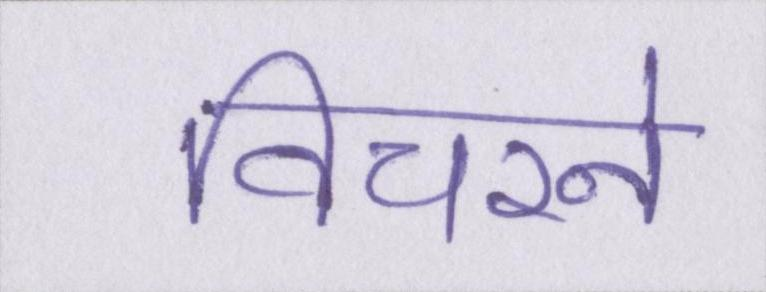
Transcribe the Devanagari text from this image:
विचरने